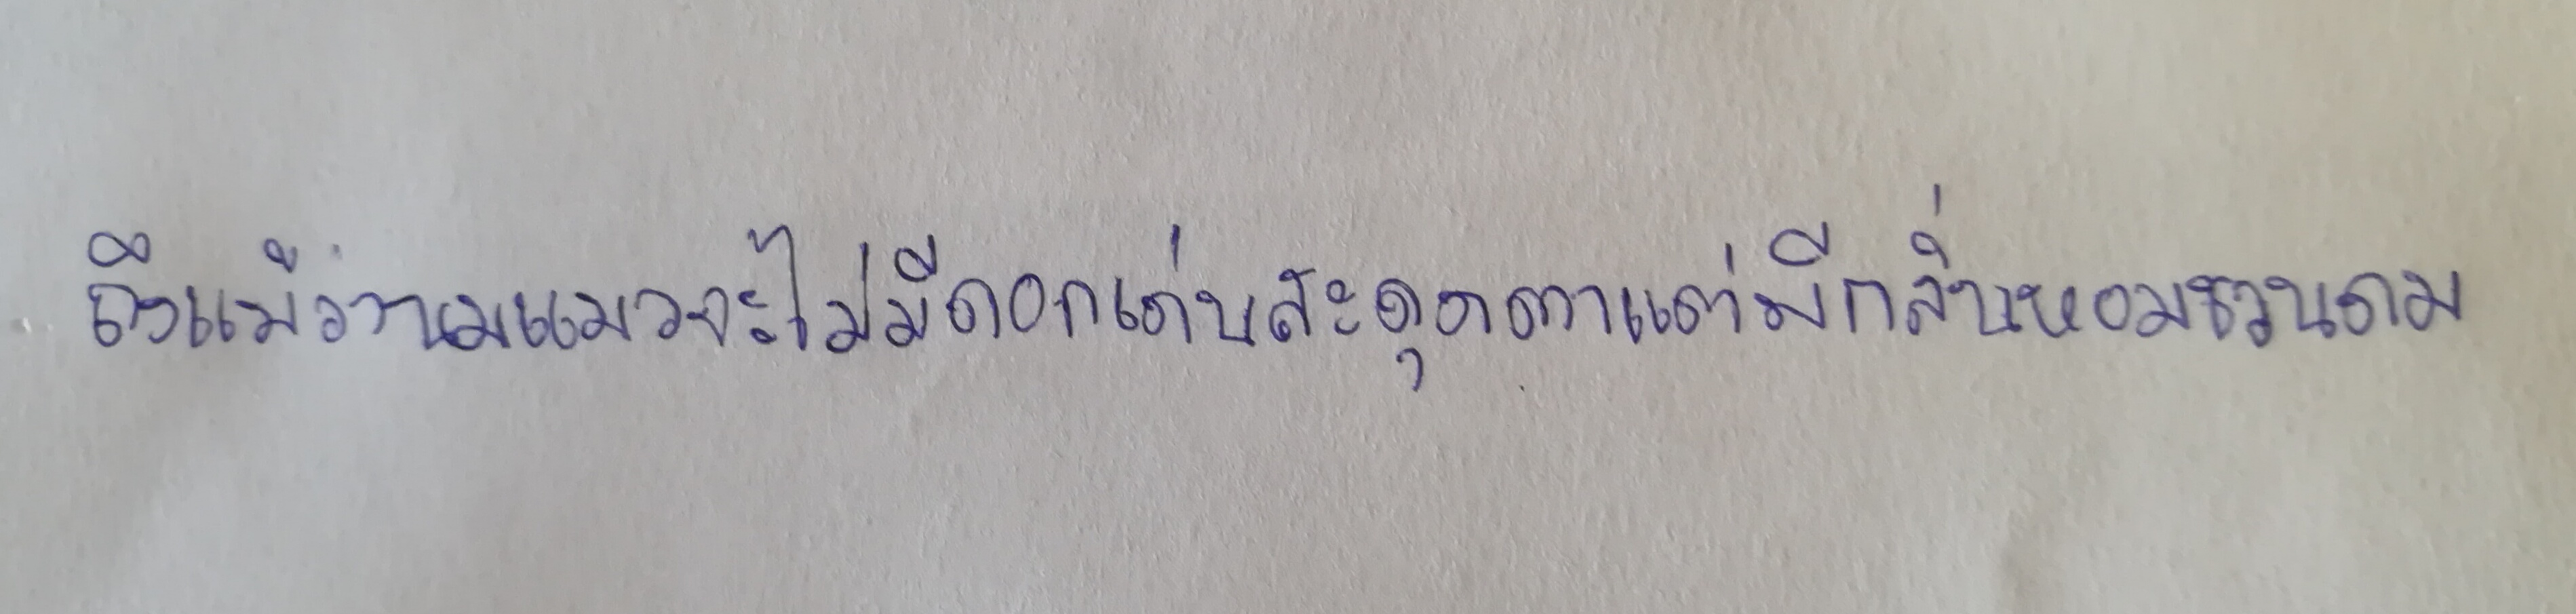
ถึงแม้ว่านมแมวจะไม่มีดอกเด่นสะดุดตาแต่มีกลิ่นหอมชวนดม